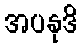
အပနုဒိ